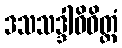
ဒသသဒ္ဒါဝိဝိတ္တံ